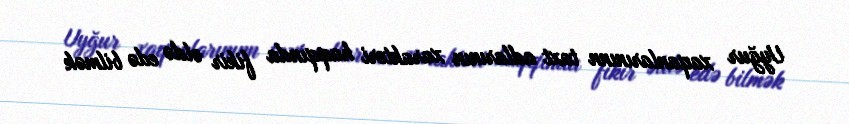
Uyğur xaqanlarınınn taxt adlarının xarakteri haqqında fikir əldə edə bilmək